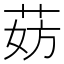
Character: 𬜹